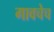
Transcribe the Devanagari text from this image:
गावचेच